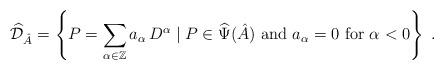
LaTeX: \begin{align*}\widehat{\mathcal D}_{\hat{A}} = \left\{ P= \sum_{\alpha \in \mathbb{Z}}a_{\alpha}\,D^{\alpha} \; | \; P \in\widehat{\Psi}(\hat{A}) \mbox{ and }a_\alpha=0 \mbox { for } \alpha <0 \right\} \; .\end{align*}